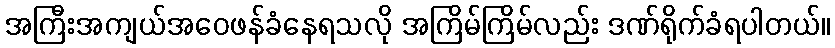
အကြီးအကျယ်အဝေဖန်ခံနေရသလို အကြိမ်ကြိမ်လည်း ဒဏ်ရိုက်ခံရပါတယ်။